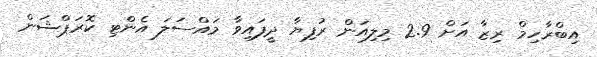
އިބްރާހިމް ރިޒާ އަށް 2.9 މިލިއަން ރުފިޔާ ދީފައިވާ މައްސަލަ އެންޓި ކޮރަޕްޝަން